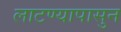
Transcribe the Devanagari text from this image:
लाटण्यापासुन